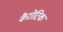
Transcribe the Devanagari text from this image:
कैरोटिक